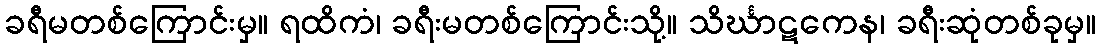
ခရီမတစ်ကြောင်းမှ။ ရထိကံ၊ ခရီးမတစ်ကြောင်းသို့။ သိင်္ဃာဋကေန၊ ခရီးဆုံတစ်ခုမှ။